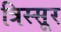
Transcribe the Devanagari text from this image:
त्रिस्सूर